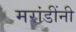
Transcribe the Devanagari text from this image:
मरांडींनी